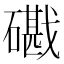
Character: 𥖘